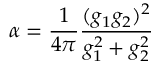
\alpha = { \frac { 1 } { 4 \pi } } { \frac { ( g _ { 1 } g _ { 2 } ) ^ { 2 } } { g _ { 1 } ^ { 2 } + g _ { 2 } ^ { 2 } } }